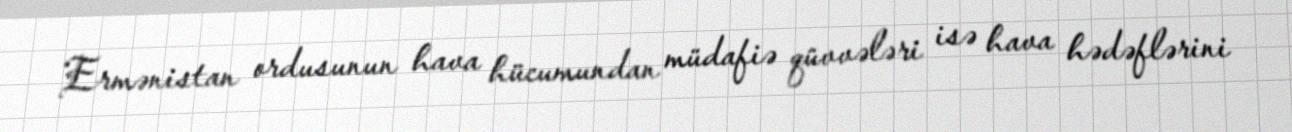
Ermənistan ordusunun hava hücumundan müdafiə qüvvələri isə hava hədəflərini